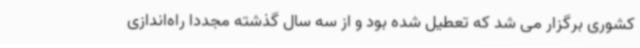
کشوری برگزار می شد که تعطیل شده بود و از سه سال گذشته مجددا راه‌اندازی